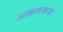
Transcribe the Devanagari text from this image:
अभ्रमकय